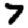
Digit: 7